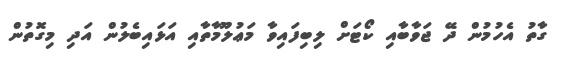
ގާތު އެހުމުން ދޭ ޖަވާބާއި ކޯޓަށް ލިބިފައިވާ މަޢުލޫމާތާއި އަޅައިބެލުން އަދި މިގޮތުން